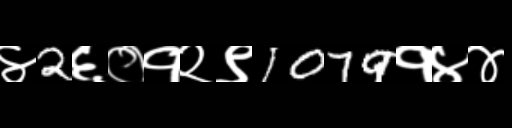
Text: ४2६०१२९1079१४४